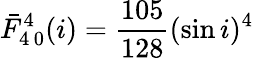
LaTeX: \bar{F}_{4\, 0}^{4}(i)=\frac{105}{128}(\sin i)^{4}